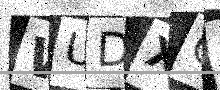
Text: WUDXG2